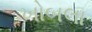
ખોબલા